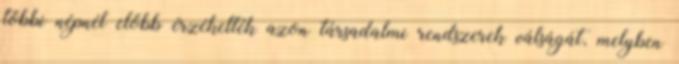
többi népnél előbb érzékelték azon társadalmi rendszerek válságát, melyben